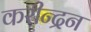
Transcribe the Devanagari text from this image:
करीन्द्रन